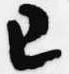
已